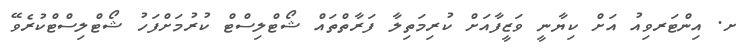
ށ. އިންޓަރވިއު އަށް ކިޔާނީ ވަޒީފާއަށް ކުރިމަތިލާ ފަރާތްތައް ޝޯޓްލިސްޓް ކުރުމަށްފަހު ޝޯޓްލިސްޓްކުރެވޭ